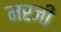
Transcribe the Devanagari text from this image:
मरजी